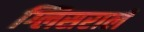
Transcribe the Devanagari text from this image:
ग्लिसरालॅ